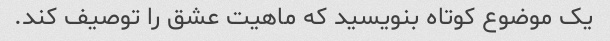
یک موضوع کوتاه بنویسید که ماهیت عشق را توصیف کند.